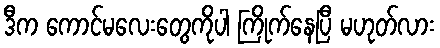
ဒီက ကောင်မလေးတွေကိုပါ ကြိုက်နေပြီ မဟုတ်လား